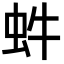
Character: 𧉖